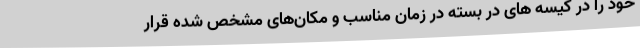
خود را در کیسه های در بسته در زمان مناسب و مکان‌های مشخص شده قرار